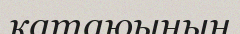
қатаюының